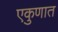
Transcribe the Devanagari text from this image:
एकुणात